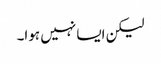
لیکن ایسا نہیں ہوا۔